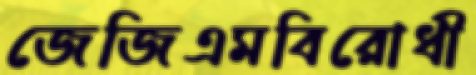
জেজিএমবিরোধী